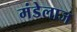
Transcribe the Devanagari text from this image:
मंडेलाज